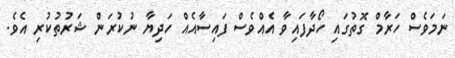
ނަމަވެސް ހަރާމް ގޮތުގައި ހޯދާފައިވާ އެއްވެސް ފައިސާއެއް ހަދިޔާ ނުކުރަން ޝަރުތުކުރި އެވެ.